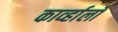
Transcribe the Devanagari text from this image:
काव्‍र्हालो